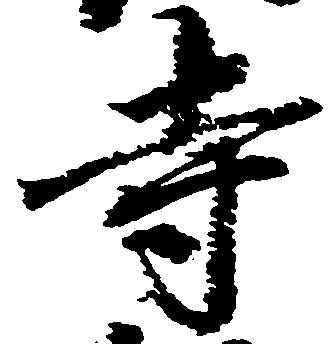
寺